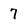
Character: 7